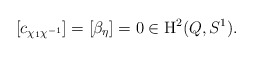
\begin{align*}\left[c_{\chi_1 \chi^{-1}}\right] = \left[\beta_\eta\right] = 0 \in \mathrm{H}^2(Q,S^1).\end{align*}